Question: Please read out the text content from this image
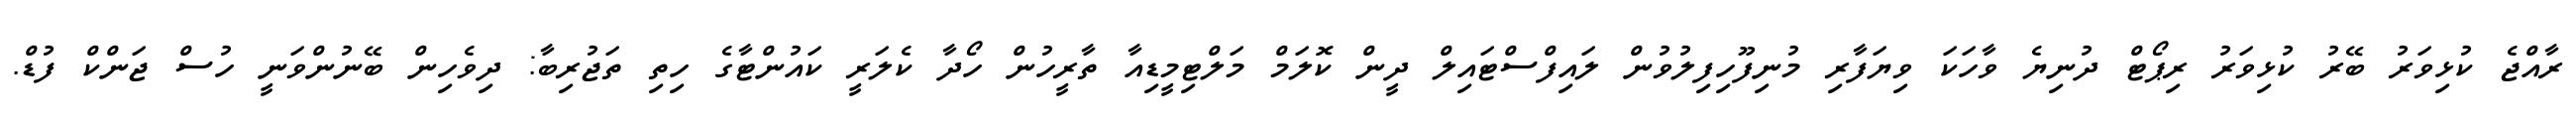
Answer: ރާއްޖެ ކުޅިވަރު ބޭރު ކުޅިވަރު ރިޕޯޓް ދުނިޔެ ވާހަކަ ވިޔަފާރި މުނިފޫހިފިލުވުން ލައިފްސްޓައިލް ދީން ކޮލަމް މަލްޓިމީޑިއާ ތާރީހުން ހޯދާ ކެލަރީ ކައުންޓާގެ ހިތި ތަޖުރިބާ: ދިވެހިން ބޭނުންވަނީ ހުސް ޖަންކް ފުޑް.